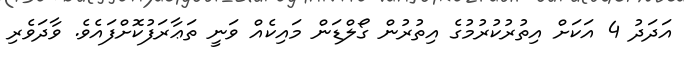
އަދަދު 4 އަކަށް އިތުރުކުރުމުގެ އިތުރުން ގޯލްޑަން މައިކެއް ވަނީ ތަޢާރަފުކޮށްފައެވެ. ވާދަވެރި